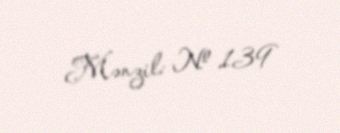
Mənzil: № 139